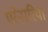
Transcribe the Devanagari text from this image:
एरेनारिया